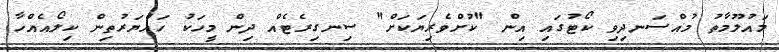
މައުލޫމާތު މުއްސަނދިވި ކޯޓުގައި އިން "ކުށްވެރިޔަކަށް" ސިނގިރެޓެއް ދިން މީހަކު ހައްޔަރުތިން ކިލޯއެއްހާ